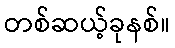
တစ်ဆယ့်ခုနစ်။